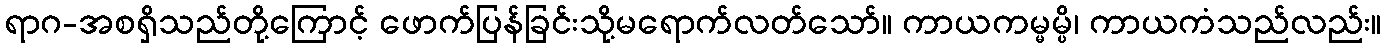
ရာဂ-အစရှိသည်တို့ကြောင့် ဖောက်ပြန်ခြင်းသို့မရောက်လတ်သော်။ ကာယကမ္မမ္ပိ၊ ကာယကံသည်လည်း။